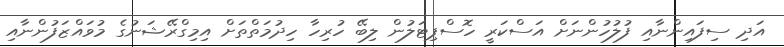
އަދި ސިފައިންނާއި ފުލުހުންނަށް އަސްކަރީ ހޮސްޕިޓަލުން ލިބޭ ހުރިހާ ހިދުމަތްތަށް އިމިގްރޭޝަނުގެ މުވައްޒަފުންނާއި